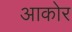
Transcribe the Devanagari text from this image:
आकोर